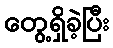
တွေ့ရှိခဲ့ပြီး